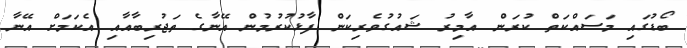
ބޯޑުގައި މަސައްކަތް ކުރަން އާމިރު ޝައުުގުވެރިކަން ފާޅުކުރުމުން އޭނާގެ ތަޖުރިބާއާއި އެކަމަށް އޭނާ